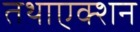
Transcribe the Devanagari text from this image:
तथाएक्शन